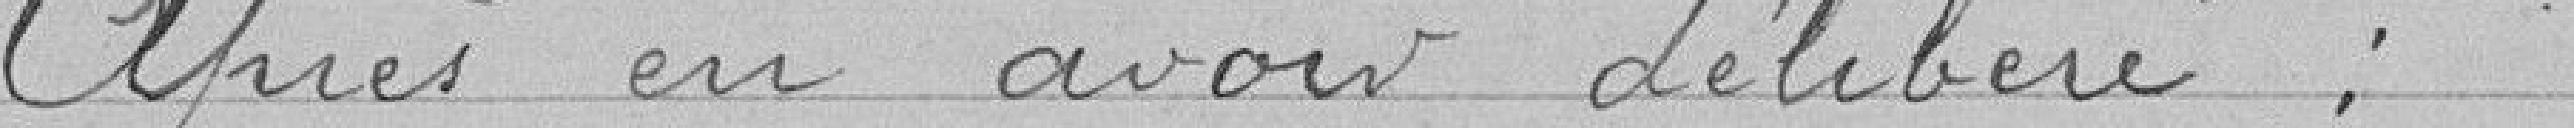
Après en avoir délibéré :